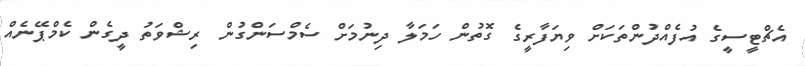
އެޗްޓީސީގެ އުފެއްދުންތަކަށް ވިޔަފާރީގެ ގޮތުން ހަމަލާ ދިނުމަށް ސެމްސަންގުން ރިޝްވަތު ދީގެން ކެމްޕޭނެއް